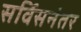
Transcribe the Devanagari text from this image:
सर्विसनंतर